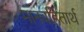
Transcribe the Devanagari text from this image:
मानवहितार्थ